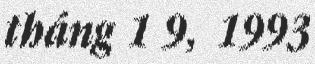
tháng 1 9, 1993